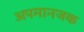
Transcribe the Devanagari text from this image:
अपमानजक